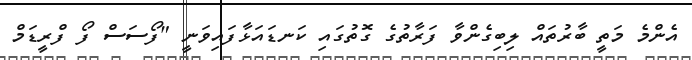
އެންމެ މަތީ ބާރުތައް ލިބިގެންވާ ފަރާތުގެ ގޮތުގައި ކަނޑައަޅާފައިވަނީ "ފޯސަސް ފޯ ފްރީޑަމް